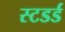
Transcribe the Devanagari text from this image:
स्टडर्ड